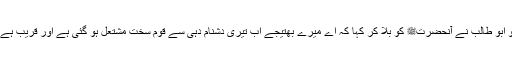
اور ان کے معبود وَقُوْدُالنَّارِ اور حَصَبُ جَہَنّم ہیں تو ابو طالب نے آنحضرتﷺ کو بلا کر کہا کہ اے میرے بھتیجے اب تیری دشنام دہی سے قوم سخت مشتعل ہو گئی ہے اور قریب ہے کہ تجھ کو ہلاک کریں اور ساتھ ہی مجھ کو بھی۔